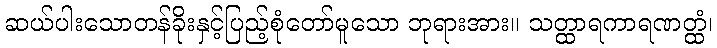
ဆယ်ပါးသောတန်ခိုးနှင့်ပြည့်စုံတော်မူသော ဘုရားအား။ သတ္ထာရကာရဏတ္ထံ၊